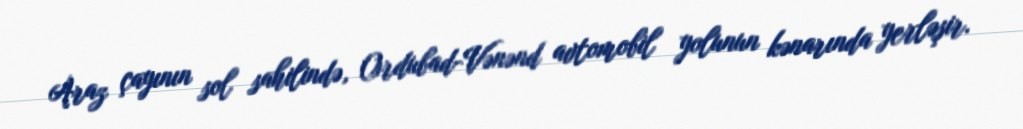
Araz çayının sol sahilində, Ordubad-Vənənd avtomobil yolunun kənarında yerləşir.